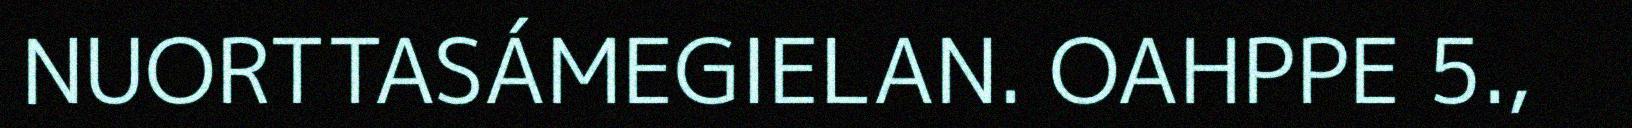
NUORTTASÁMEGIELAN. OAHPPE 5.,